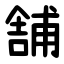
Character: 舗